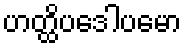
ဟတ္ထိပဒေါပမော